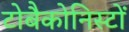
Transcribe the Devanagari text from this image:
टोबैकोनिस्टों